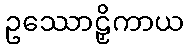
ဥဿောဠှိကာယ